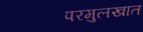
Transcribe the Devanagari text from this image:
परमुलखात